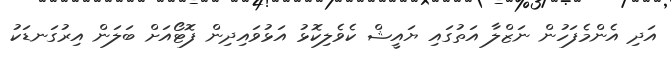
އަދި އެންމެފަހުން ނަޒްލާ އަތުގައި ޔައީޝް ކެވެލިކޮޅު އަޅުވައިދިން ފޮޓޯއަށް ބަލަން އިރުގަނޑަކު